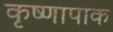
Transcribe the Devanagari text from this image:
कृष्णापाक